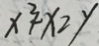
x ^ { 2 } + x \geq y